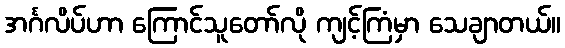
အင်္ဂလိပ်ဟာ ကြောင်သူတော်လို ကျင့်ကြံမှာ သေချာတယ်။